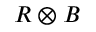
R \otimes B